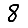
Digit: 8